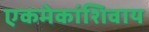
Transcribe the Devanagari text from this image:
एकमेकांशिवाय